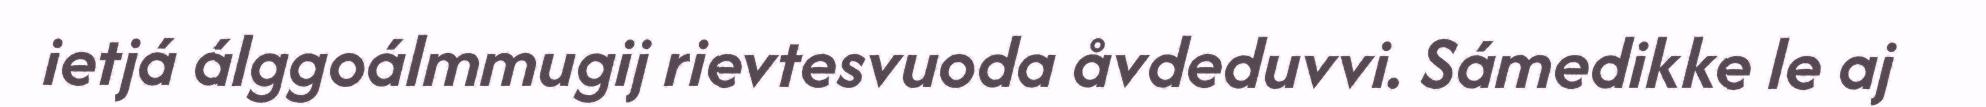
ietjá álggoálmmugij rievtesvuoda åvdeduvvi. Sámedikke le aj